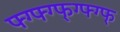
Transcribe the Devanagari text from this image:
फ्ग्फ्ग्फ्ग्फ्ग्फ्